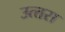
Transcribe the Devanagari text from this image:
उत्‍तरा